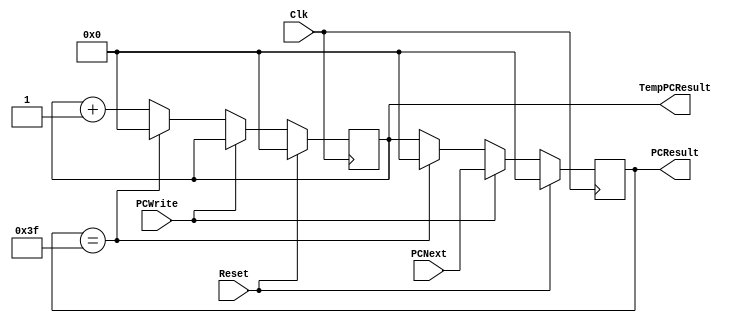
//-------------------------------------------------------------------------------------//
// Este programa se encuentra basado en el siguiente programa:
// https://github.com/Caskman/MIPS-Processor-in-Verilog/blob/master/ProgramCounter.v
// Creado por Eric Cascketta
//
// El programa consiste en un contador que comienza en 0 y aumenta de uno en uno
// para indicar una direccin de memoria hasta alcanzar un mximo de 31. Este
// funcionamiento normal se puede ver interrumpido por PCWrite, que es una entrada
// binaria que decide si el PC se establecer en una direccin deseada externa
// (PCNext) para que, una vez indicada, el PC volver a los valores que estaba contando.
//
// El programa se reinicia de 2 maneras:
// - Al activar el Reset
// - Al alcanzar el contador mximo
//
//-------------------------------------------------------------------------------------//

module ProgramCounter(

	input       [6:0]  PCNext, // Entrada que indica el prximo valor del PC
	input              Reset, 	// Entrada de reinicio que setea el PC a 0
							 Clk, // Entrada de reloj
							 PCWrite, // Entrada que controla si se debe escribir en el PC

	output reg  [6:0]  PCResult, // Salida que indica el valor del PC
	output reg	[6:0]  TempPCResult // Almacena el valor del PC para volver al contador normal
);

	// Al iniciar, tanto PCResult como TempPCResult se inicializan en 0
	initial begin
		PCResult <= 6'b000000;
		TempPCResult <= 6'b000000;
	end
	 
	// Se utiliza el flanco positivo del clk para actualizar el PC
	always @(posedge Clk) begin
	// Al activarse el reset, el programa setea tanto el PCResult como en TempPCResult a 0
   if (Reset == 1) begin
		PCResult <= 6'b000000;
      TempPCResult <= 6'b000000;
   end
	else
	begin
		// Mientras est deshabilitado el PCWrite el PC solo ser un contador
      if (PCWrite == 0)
		begin
			// Una vez alcanzado el PCResult mximo, ambos contadores se reinician
			if (PCResult == 6'b111111)
			begin
				PCResult <= 6'b000000;
            TempPCResult <= 6'b000000;
         end
			else
			begin
				// TempPCResult sirve para restaurar el valor del PC al volver de una escritura
            PCResult = TempPCResult; // Restaurar el valor de PCResult
            TempPCResult = PCResult + 1; // Guardar el nuevo valor de PCResult en TempPCResult
													  // a la vez que aumenta el contador
         end
      end
		else
		begin
			// PCResult toma el valor de PCNext al habilitarse PCWrite
			PCResult = PCNext;
      end
   end
end

endmodule